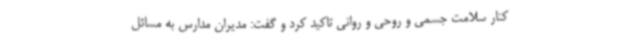
کنار سلامت جسمی و روحی و روانی تاکید کرد و گفت: مدیران مدارس به مسائل